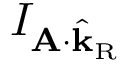
I _ { \mathbf { A } \cdot \hat { \mathbf { k } } _ { \mathrm { R } } }